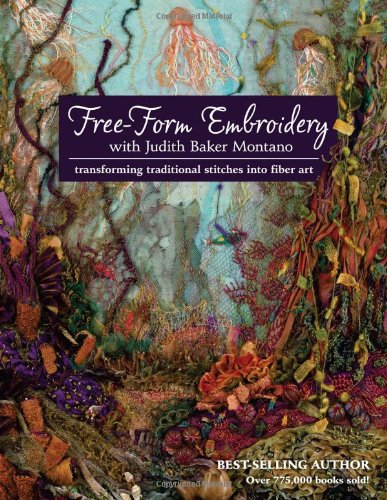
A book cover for Free-Form Embroidery with Judith Baker Montano: Transforming Traditional Stitches into Fiber Art; Judith Baker Montano; Crafts, Hobbies & Home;